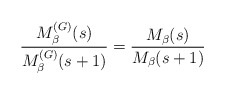
\begin{align*}\frac{M^{(G)}_{\beta}(s)}{M^{(G)}_{\beta}(s+1)} = \frac{M_{\beta}(s)}{M_{\beta}(s+1)}\end{align*}